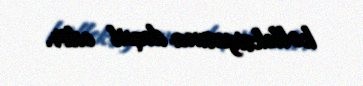
kolleksiyasına daxil edir.